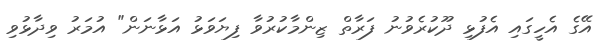
އޭގެ އެހީގައި އެފުޅި ދޫކުރެވުނު ފަރާތް ޒިންމާކުރުވާ ފިޔަވަޅު އަޅާނަން" އުމަރު ވިދާޅުވި